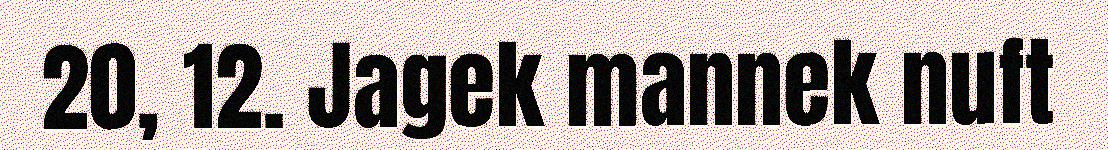
20, 12. Jagek mannek nuft